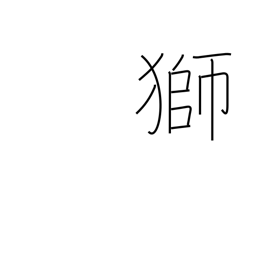
Meaning: lion